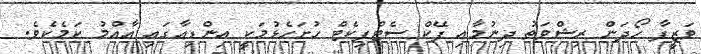
ވަޒީފާ ހޯދަން ރިޝްވަތު ދިނުމާއި ފޭކް ސެޓްފިކެޓް ހުށަހެޅުމަކީ އިންޑިއާގައި އާއްމު ކަމެކެވެ.